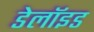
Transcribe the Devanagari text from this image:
डेलॉइड